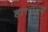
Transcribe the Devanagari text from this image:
हारलेल्या